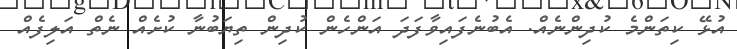
އުޅޭ ކިތަންމެ ކުދިންނެއް. އެބުނެފައިވާފަދަ އަންހެން ކުދިން ތިޔަބުނާ ކުށެެއް ނެތް އަލިފެއް